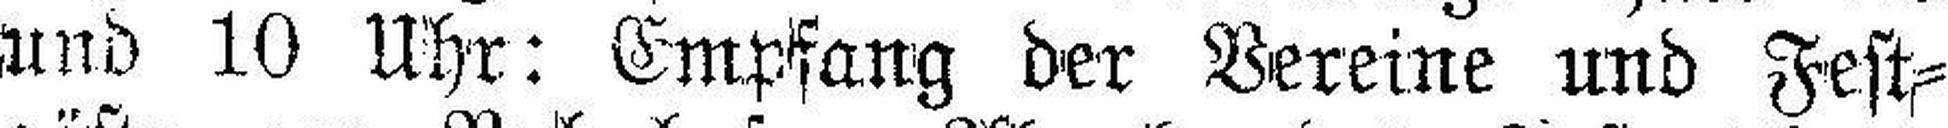
und 10 Uhr: Empfang der Vereine und Fest¬